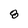
Character: 8